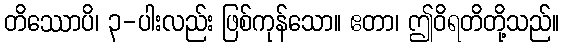
တိဿောပိ၊ ၃-ပါးလည်း ဖြစ်ကုန်သော။ ဧတာ၊ ဤဝိရတိတို့သည်။